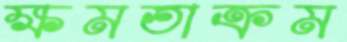
ক্ষমতাক্রম